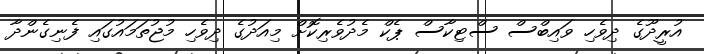
އުރީދޫގެ ދިވެހި ވައިބްސް ސްޓިކާސް ޕެކް މެދުވެރިކޮށް މިއަދުގެ ދިވެހި މުޖުތަމައުގައި ފެނިގެންދާ